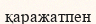
қаражатпен